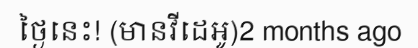
ថ្ងៃនេះ! (មានវីដេអូ)2 months ago